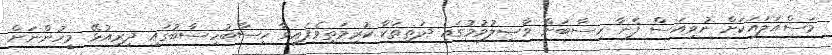
މަސްއަލައަކަށް ނުވިއަސް ފެނާ ހިސާބަށް ވާޞިލުވުމުގައި ދަތިތަކާ ކުރިމަތިވެފައިވާ ހިސާބުހިސާބުގައި ދިރިއުޅޭ މީހުންނަށް